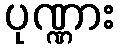
ပုဏ္ဏား